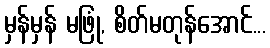
မှန်မှန် မဖြုံ, စိတ်မတုန်အောင်...